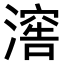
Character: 𣽸